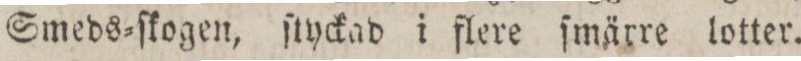
Smeds=ſkolgen, ſtyckad i flere ſmärre lotter.